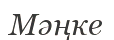
Мәңке